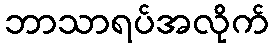
ဘာသာရပ်အလိုက်